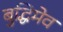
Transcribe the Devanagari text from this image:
बुद्धिमेव